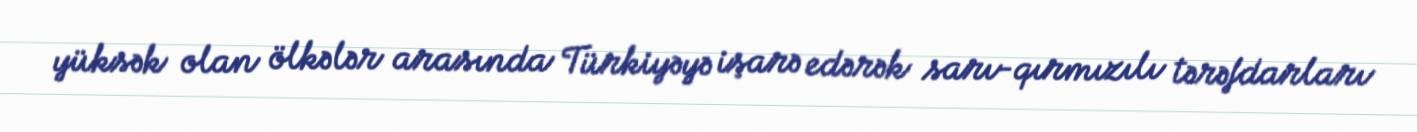
yüksək olan ölkələr arasında Türkiyəyə işarə edərək sarı-qırmızılı tərəfdarları